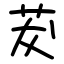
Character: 茇